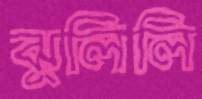
ঝুলিলি